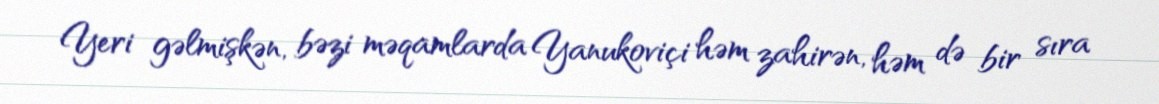
Yeri gəlmişkən, bəzi məqamlarda Yanukoviçi həm zahirən, həm də bir sıra